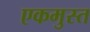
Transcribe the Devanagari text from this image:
एकमुस्त